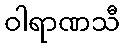
ဝါရာဏသီ